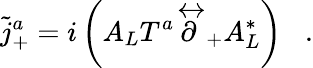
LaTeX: \tilde{j}_{+}^{a}=i\left(A_{L}T^{a}\stackrel{\leftrightarrow}{\partial}_{+}A_{L}^{*}\right)\; \; \; .